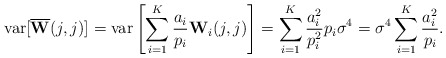
\begin{align*}\mbox{var}[\overline{\mathbf{W}}(j,j)] & = \mbox{var}\left[\sum^K_{i=1} \frac{a_i}{p_i} \mathbf{W}_i(j,j)\right] = \sum^K_{i=1} \frac{a_i^2}{p_i^2} p_i \sigma^4 = \sigma^4 \sum^K_{i=1} \frac{a_i^2}{p_i}.\end{align*}